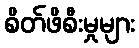
စိတ်ဖိစီးမှုများ